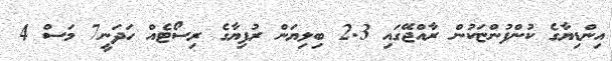
އިންޑިޔާގެ ކުންފުންޏަކުން ރާއްޖޭގައި 2.3 ބިލިޔަން ރުފިޔާގެ ރިސޯޓެއް ހަދަނީ7 މަސް 4